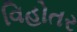
વિહોતર